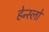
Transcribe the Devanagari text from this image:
हेन्स्लो